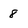
Character: 8